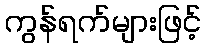
ကွန်ရက်များဖြင့်